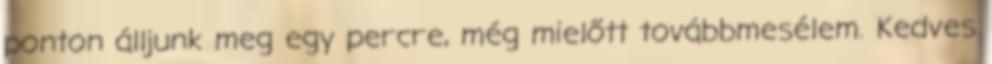
ponton álljunk meg egy percre, még mielőtt továbbmesélem. Kedves